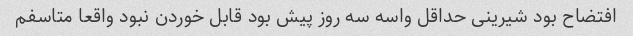
افتضاح بود شیرینی حداقل واسه سه روز پیش بود قابل خوردن نبود واقعا متاسفم